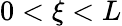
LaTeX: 0<\xi<L